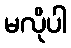
မလိုပါ